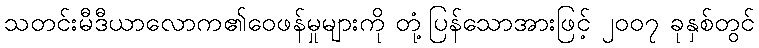
သတင်းမီဒီယာလောက၏ဝေဖန်မှုများကို တုံ့ပြန်သောအားဖြင့် ၂၀၀၇ ခုနှစ်တွင်